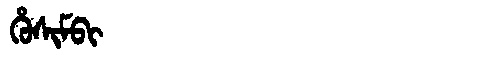
Manchu: ᡥᡠᠰᡳᠮᠪᡳ
Romanization: HUSIMBI